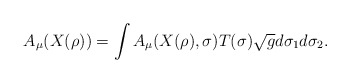
\begin{align*}A_\mu(X(\rho)) = \int A_\mu(X(\rho), \sigma) T(\sigma) \sqrt{g} d\sigma_1 d\sigma_2.\end{align*}